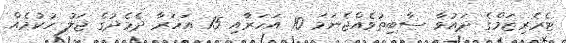
ޓެރެރިޒަމްގެ ދައުވާ ސާބިތުވެއްޖެނަމަ 10 އަހަރާއި 15 އަހަރާ ދެމެދުގެ ޖަލު ހުކުމެއް